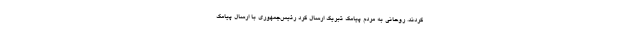
کردند. روحانی به مردم پیامک تبریک ارسال کرد رئیس‌جمهوری با ارسال پیامک